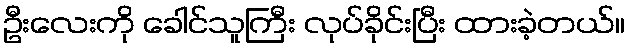
ဦးလေးကို ခေါင်သူကြီး လုပ်ခိုင်းပြီး ထားခဲ့တယ်။